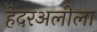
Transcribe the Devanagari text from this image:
हेदरअलीला